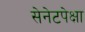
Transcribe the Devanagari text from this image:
सेनेटपेक्षा